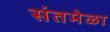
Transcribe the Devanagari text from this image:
संतमेळा